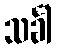
သင်္ခါ